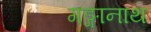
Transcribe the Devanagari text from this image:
गङ्गानाथ